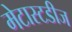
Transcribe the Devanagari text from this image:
मेटास्टडीज